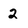
Character: 2